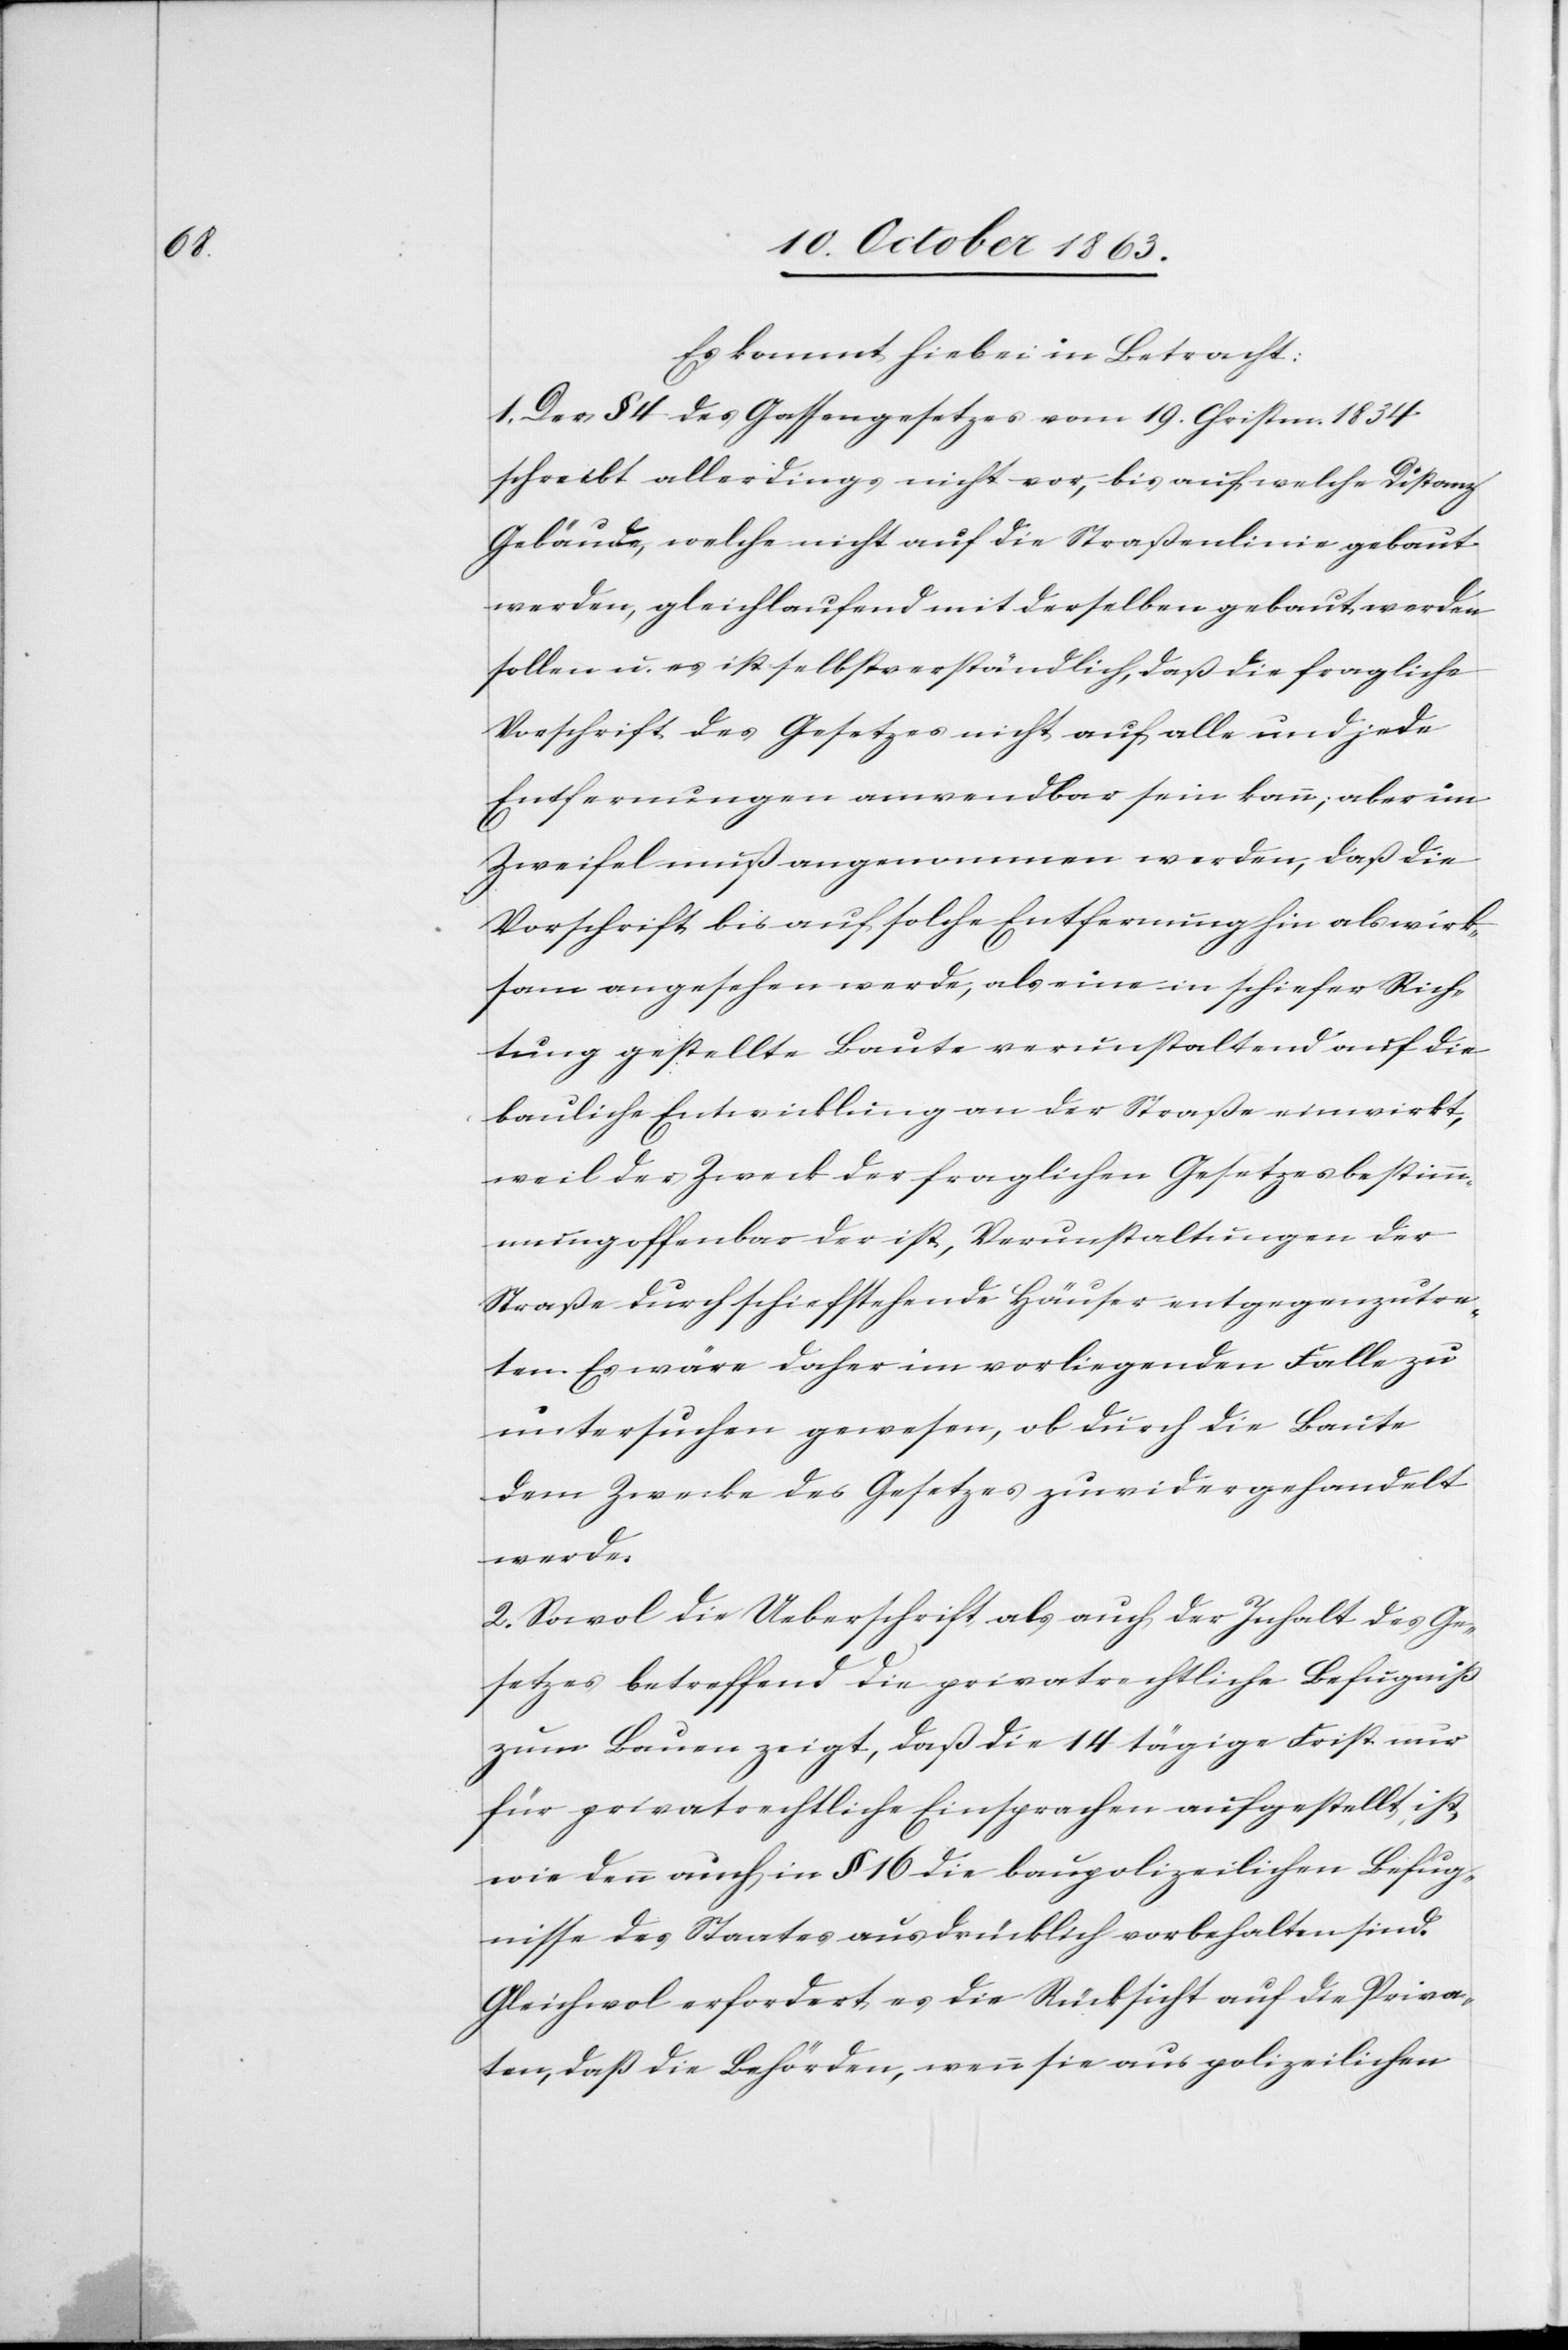
Es kommt hiebei in Betracht:
1. Der § 4 des Gassengesetzes vom 19. Christm. 1834
schreibt allerdings nicht vor, bis auf welche Distanz
Gebäude, welche nicht auf die Straßenlinie gebaut
werden, gleichlaufend mit derselben gebaut werden
sollen u. es ist selbstverständlich, daß die fragliche
Vorschrift des Gesetzes nicht auf alle und jede
Entfernungen anwendbar sein kann; aber im
Zweifel muß angenommen werden, daß die
Vorschrift bis auf solche Entfernung hin als wirk¬
sam angesehen werde, als eine in schiefer Rich¬
tung gestellte Baute verunstaltend auf die
bauliche Entwicklung an der Straße einwirkt,
weil der Zweck der fraglichen Gesetzesbestimm¬
ung offenbar der ist, Verunstaltungen der
Straße durch schiefstehende Häuser entgegenzutre¬
ten. Es wäre daher im vorliegenden Falle zu
untersuchen gewesen, ob durch die Baute
dem Zwecke des Gesetzes zuwidergehandelt
werde.
2. Sowol die Ueberschrift als auch der Inhalt des Ge¬
setzes betreffend die privatrechtliche Befugniß
zum Bauen zeigt, daß die 14 tägige Frist nur
für privatrechtliche Einsprachen aufgestellt ist,
wie denn auch in § 16 die baupolizeilichen Befug¬
nisse des Staates ausdrücklich vorbehalten sind.
Gleichwol erfordert es die Rücksicht auf die Priva¬
ten, daß die Behörden, wenn sie aus polizeilichen